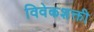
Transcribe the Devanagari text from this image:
विवेकशक्ती